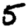
Digit: 5